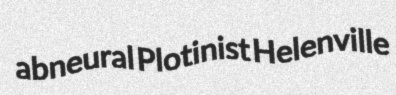
abneural Plotinist Helenville